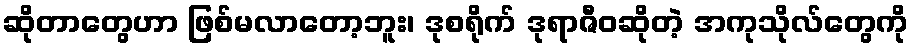
ဆိုတာတွေဟာ ဖြစ်မလာတော့ဘူး၊ ဒုစရိုက် ဒုရာဇီဝဆိုတဲ့ အကုသိုလ်တွေကို